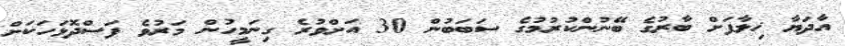
އާދަޔާ ޚިލާފަށް ބާރުގެ ބޭނުންކުރުމުގެ ސަބަބުން 30 އަށްވުރެ ގިނަމީހުން މަރުވެ ފަސްދޮޅަހަކަށް